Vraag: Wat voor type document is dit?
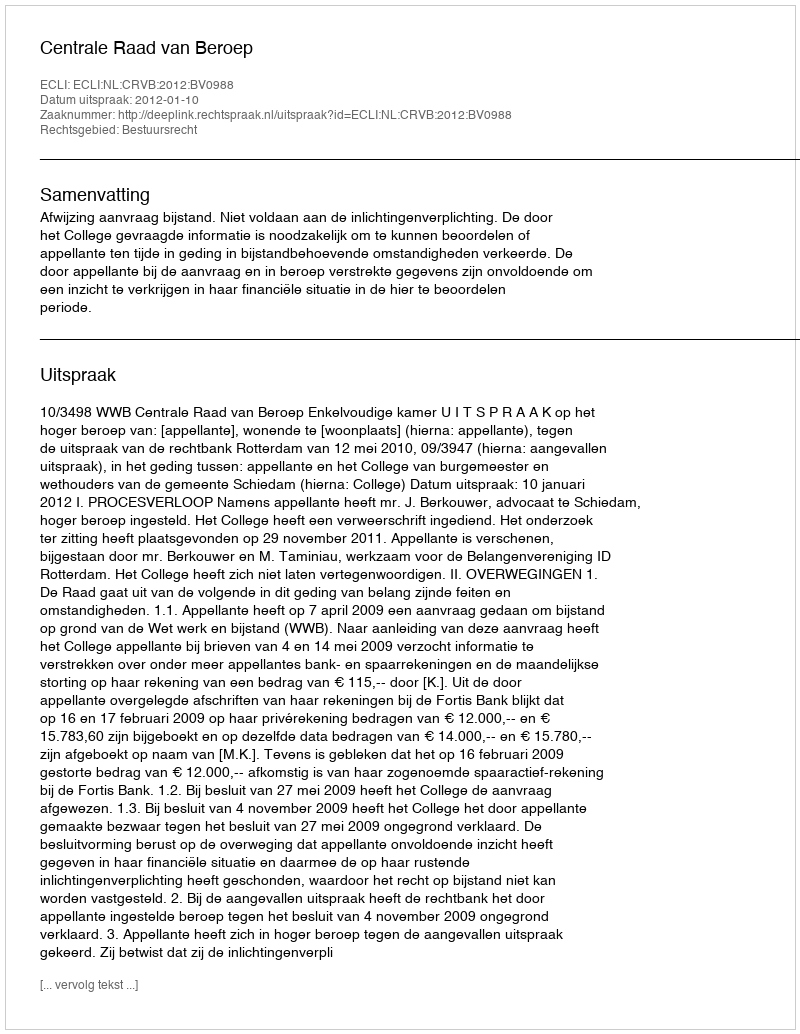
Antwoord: Uitspraak